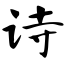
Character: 诗